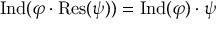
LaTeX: { \mathrm { I n d } } ( \varphi \cdot { \mathrm { R e s } } ( \psi ) ) = { \mathrm { I n d } } ( \varphi ) \cdot \psi